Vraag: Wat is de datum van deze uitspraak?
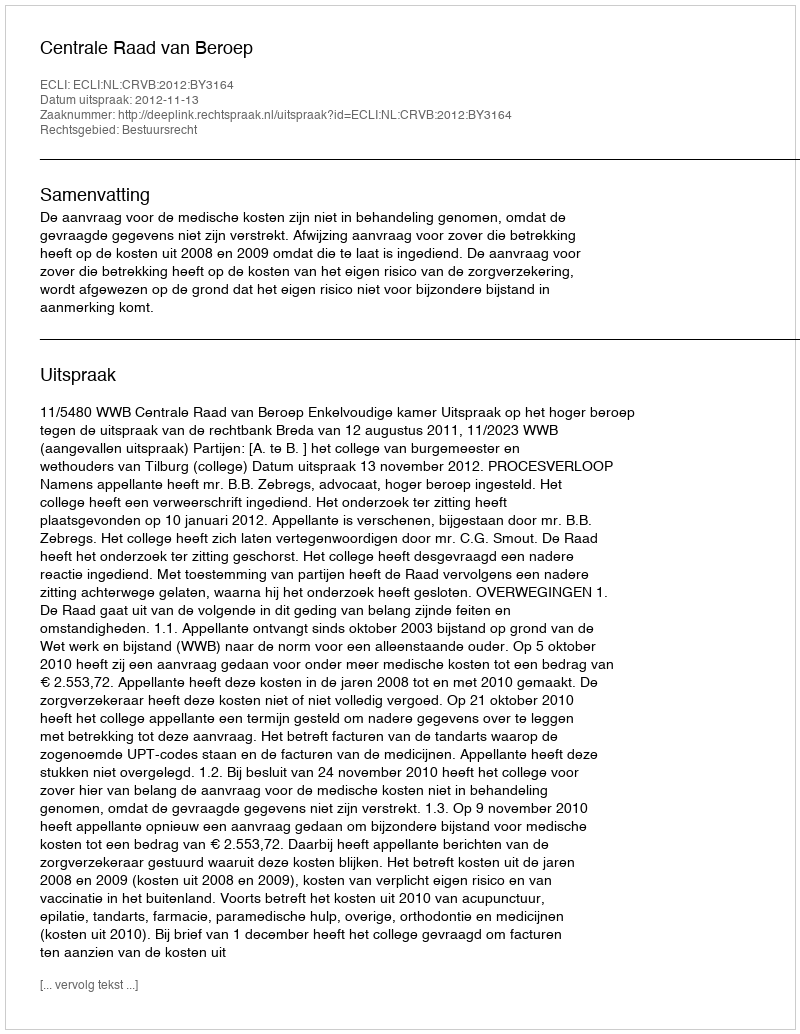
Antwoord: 2012-11-13